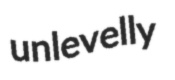
unlevelly